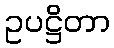
ဥပဋ္ဌိတာ